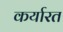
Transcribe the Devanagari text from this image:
कर्यारत